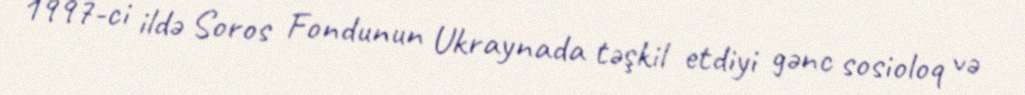
1997-ci ildə Soros Fondunun Ukraynada təşkil etdiyi gənc sosioloq və